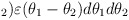
\begin{align*}_{2})\varepsilon (\theta _{1}-\theta _{2})d\theta _{1}d\theta _{2}\end{align*}